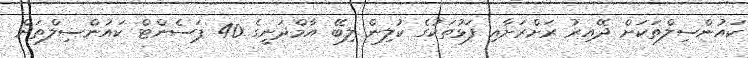
ކައުންސިލްތަކަށް ދޭއިރު ރަށްރަށާއި ފަޅުތަކުގެ ކުލިން ލިބޭ އާމްދަނީގެ 40 ޕަސެންޓް ކައުންސިލްތަށް